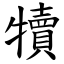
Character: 犢